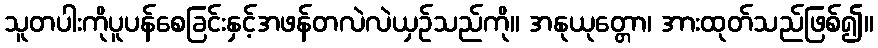
သူတပါးကိုပူပန်စေခြင်းနှင့်အဖန်တလဲလဲယှဉ်သည်ကို။ အနုယုတ္တော၊ အားထုတ်သည်ဖြစ်၍။